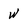
Character: w